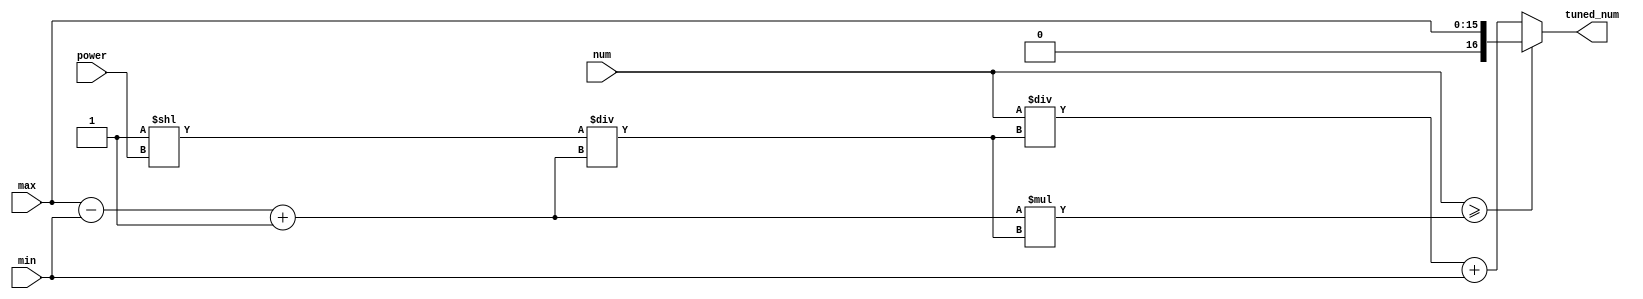
// Converts the given number to a new number within a given interval inclusively
//
// NOTE: given number must be < 2^16

`timescale 1ns / 1ns // `timescale time_unit/time_precision

module tuner(
	input [4:0] power,
	input [15:0] num,
	input [15:0] min,
	input [15:0] max,
	output [16:0] tuned_num
	);

	wire [16:0] total = max - min + 1;  // Total possibles numbers
	wire [16:0] piece = ({17'd2}**power) / total;  // total*piece = 2^power
	assign tuned_num = (num >= total * piece) ? max : (num / piece) + min;
endmodule